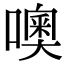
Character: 噢